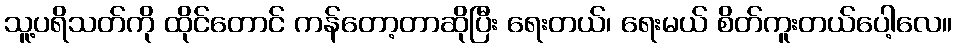
သူ့ပရိသတ်ကို ထိုင်တောင် ကန်တော့တာဆိုပြီး ရေးတယ်၊ ရေးမယ် စိတ်ကူးတယ်ပေါ့လေ။